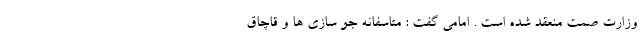
وزارت صمت منعقد شده است . امامی گفت : متاسفانه جو سازی ها و قاچاق